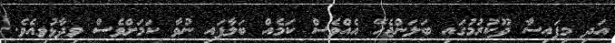
އަދި މިފައިސާ ދޫކުރުމުގައި ބަލަންޖެހޭ އެއްވެސް ކަމެއް ބަލާފައި ނުވާ ކަމަށްވެސް ވިދާޅުވިއެވެ.